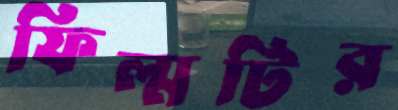
ফিল্মটির